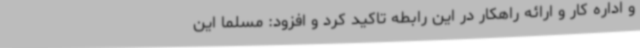
و اداره کار و ارائه راهکار در این رابطه تاکید کرد و افزود: مسلما این